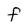
Character: F